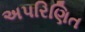
અપરિણિત